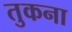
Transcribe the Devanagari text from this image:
तुकना